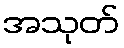
အသုတ်